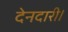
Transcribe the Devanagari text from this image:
देनदारी।